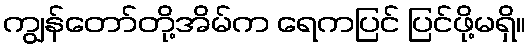
ကျွန်တော်တို့အိမ်က ရေကပြင် ပြင်ဖို့မရှိ။